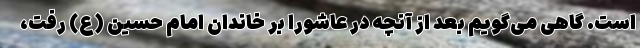
است. گاهی می‌گویم بعد از آنچه در عاشورا بر خاندان امام حسین (ع) رفت،